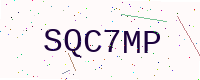
Text: SQC7MP